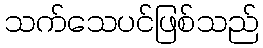
သက်သေပင်ဖြစ်သည်